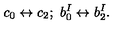
c _ { 0 } \leftrightarrow c _ { 2 } ; \ b _ { 0 } ^ { I } \leftrightarrow b _ { 2 } ^ { I } .